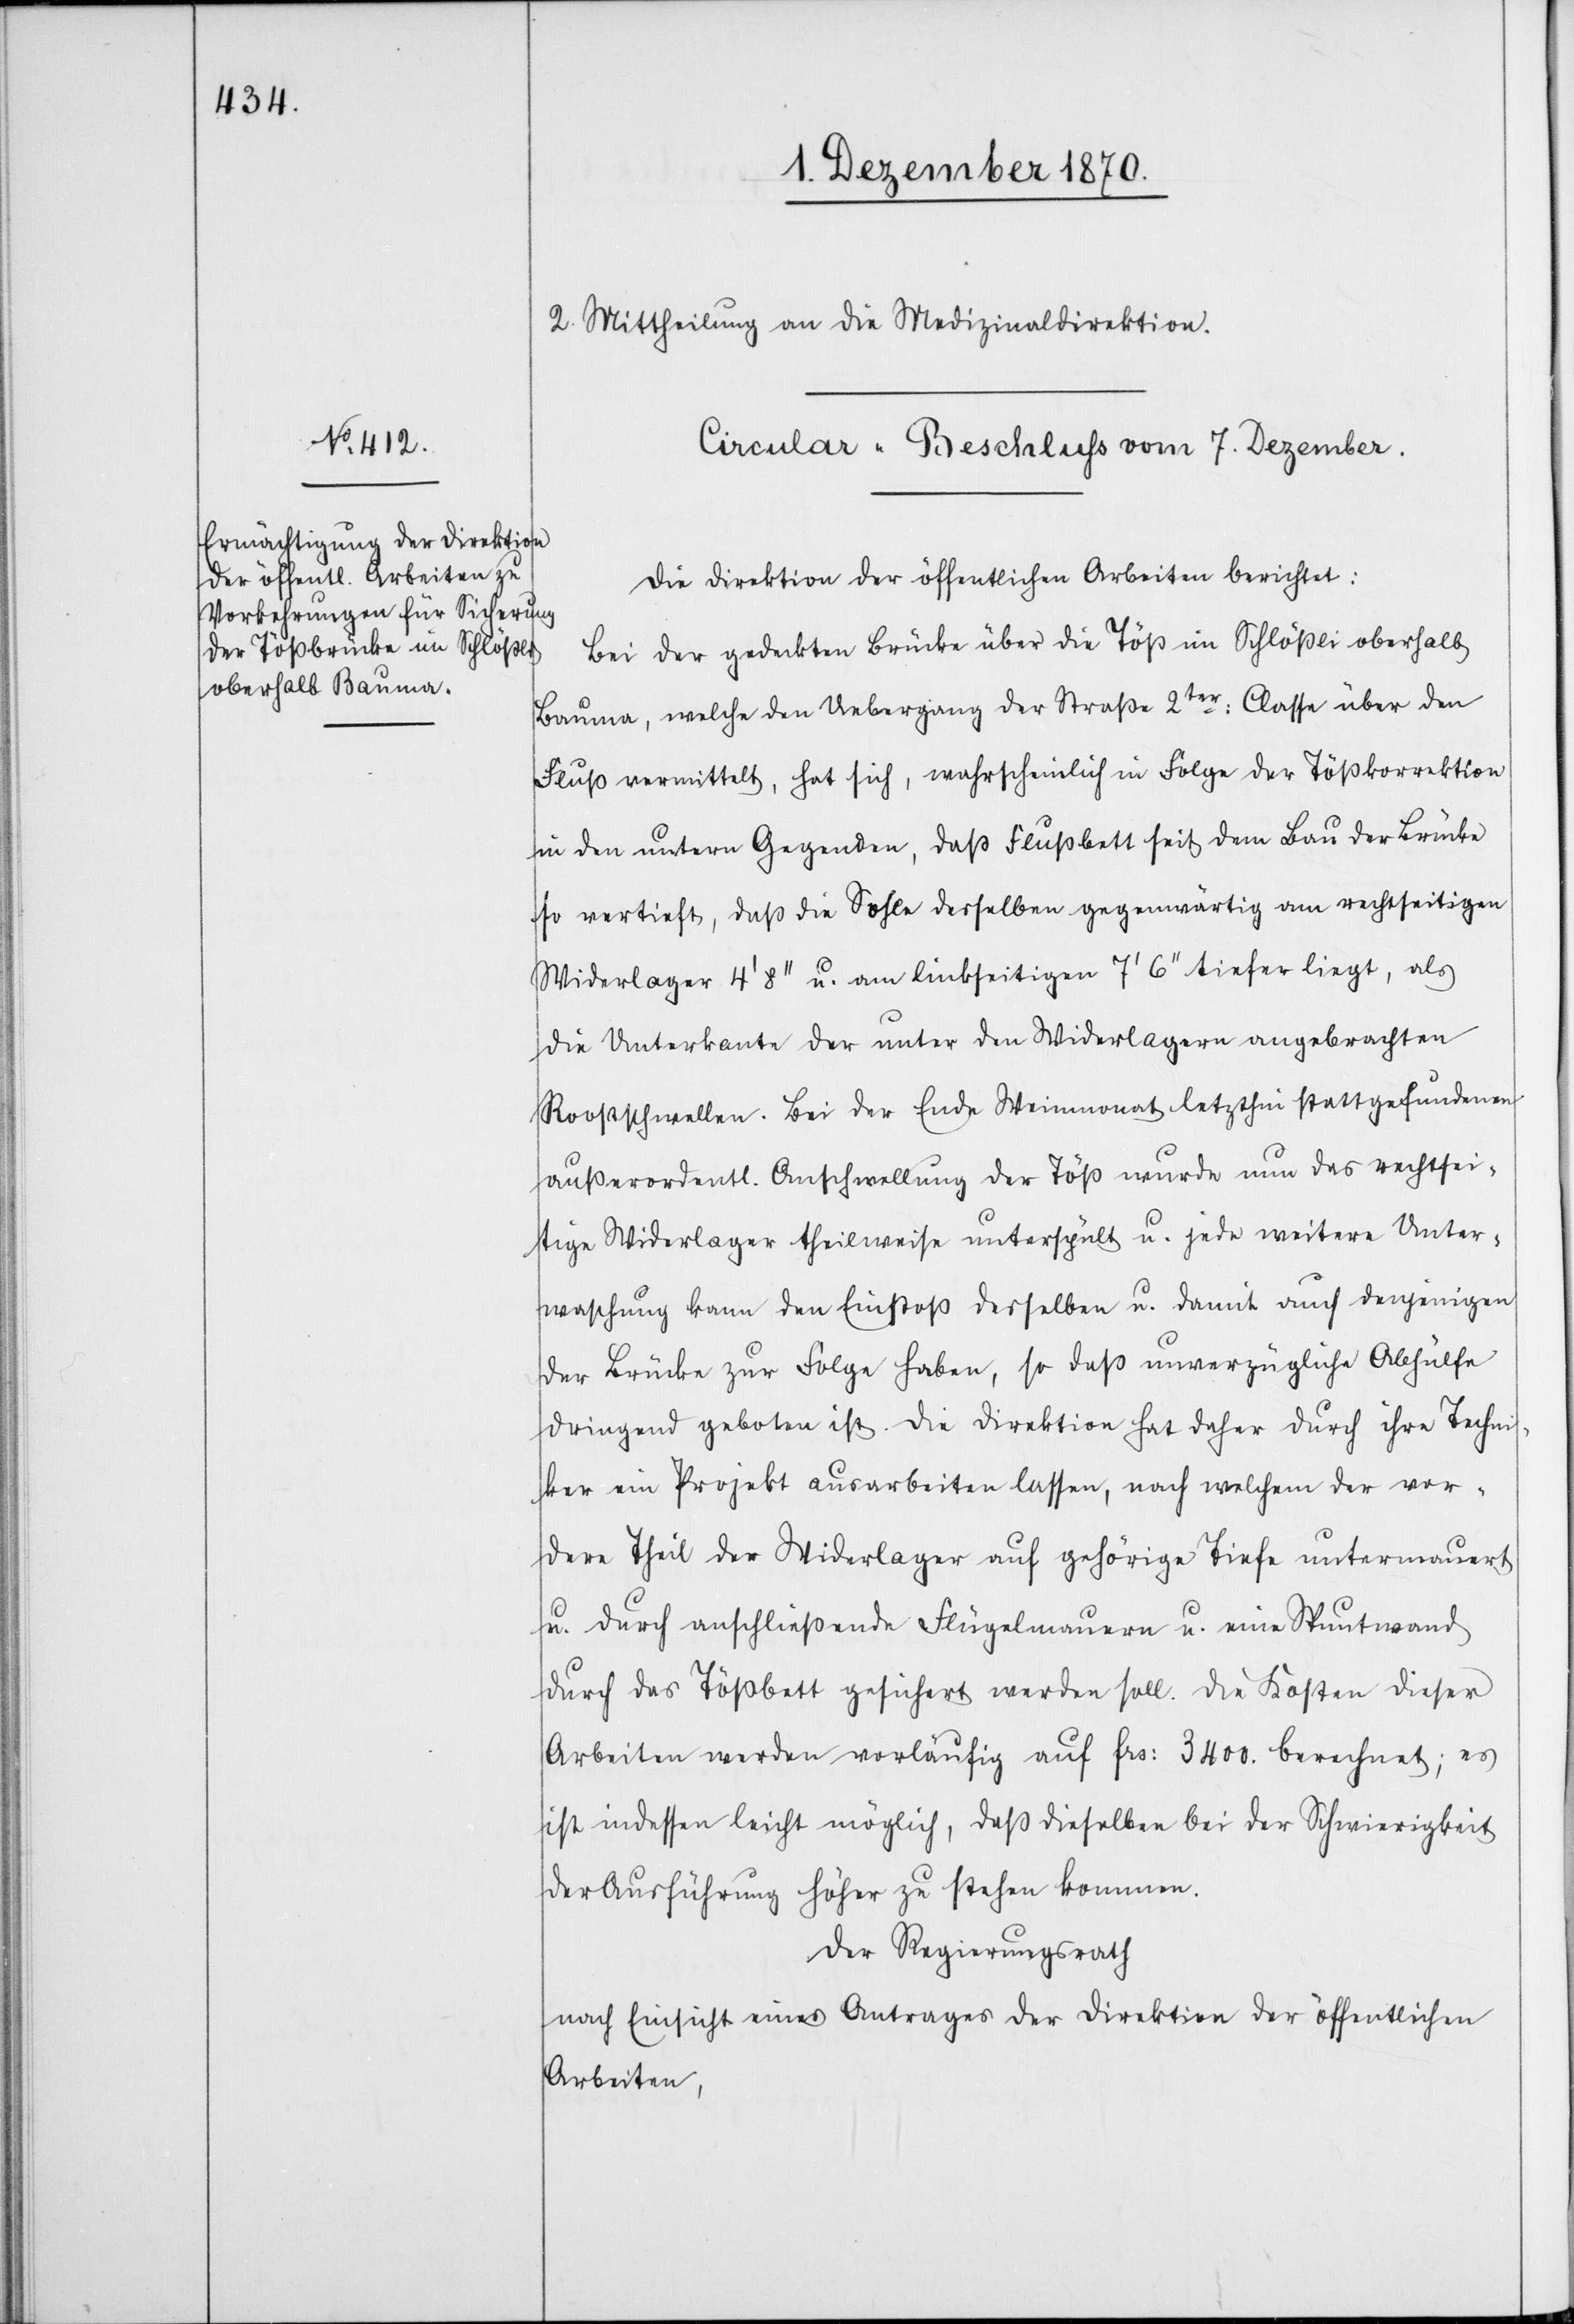
2. Mittheilung an die Medizinaldirektion.
Circular-Beschluß vom 7. Dezember.
Die Direktion der öffentlichen Arbeiten berichtet:
Bei der gedeckten Brücke über die Töß im Schlößli oberhalb
Bauma, welche den Uebergang der Straße 2ter Classe über den
Fluß vermittelt, hat sich, wahrscheinlich in Folge der Tößkorrektion
in den untern Gegenden, daß [sic!] Flußbett seit dem Bau der Brücke
so vertieft, daß die Sohle derselben gegenwärtig am rechtseitigen
Widerlager 4’ 8’’ u. am linkseitigen 7’ 6’’ tiefer liegt, als
die Unterkante der unter den Widerlagern angebrachten
Roostschwellen. Bei der Ende Weinmonat letzthin stattgefundenen
außerordentl. Anschwellung der Töß wurde nun das rechtsei¬
tige Widerlager theilweise unterspült u. jede weitere Unter¬
waschung kann den Einstoß desselben u. damit auch denjenigen
der Brücke zur Folge haben, so daß unverzügliche Abhülfe
dringend geboten ist. Die Direktion hat daher durch ihre Techni¬
ker ein Projekt ausarbeiten lassen, nach welchem der vor¬
dere Theil der Widerlager auf gehörige Tiefe untermauert
u. durch anschließende Flügelmauern u. eine Spuntwand
durch das Tößbett gesichert werden soll. Die Kosten dieser
Arbeiten werden vorläufig auf Frs: 3400. berechnet; es
ist indessen leicht möglich, daß dieselben bei der Schwierigkeit
der Ausführung höher zu stehen kommen.
Der Regierungsrath
nach Einsicht eines Antrages der Direktion der öffentlichen
Arbeiten,